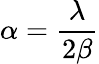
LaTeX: \alpha=\frac{\lambda}{2\beta}